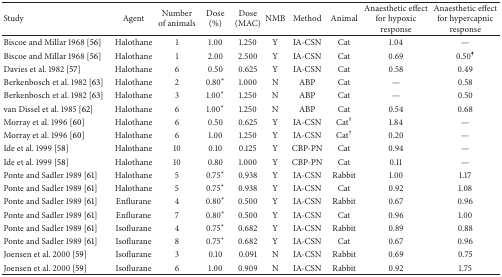
<table><thead><tr><td><b>Study</b></td><td><b>Agent</b></td><td><b>Number of animals</b></td><td><b>Dose (%)</b></td><td><b>Dose (MAC)</b></td><td><b>NMB</b></td><td><b>Method</b></td><td><b>Animal</b></td><td><b>Anaesthetic effect for hypoxic response</b></td><td><b>Anaesthetic effect for hypercapnic response</b></td></tr></thead><tbody><tr><td>Biscoe and Millar 1968 [56]</td><td>Halothane</td><td>1</td><td>1.00</td><td>1.250</td><td>Y</td><td>IA-CSN</td><td>Cat</td><td>1.04</td><td>—</td></tr><tr><td>Biscoe and Millar 1968 [56]</td><td>Halothane</td><td>1</td><td>2.00</td><td>2.500</td><td>Y</td><td>IA-CSN</td><td>Cat</td><td>0.69</td><td>0.50<sup>¶</sup></td></tr><tr><td>Davies et al. 1982 [57]</td><td>Halothane</td><td>6</td><td>0.50</td><td>0.625</td><td>Y</td><td>IA-CSN</td><td>Cat</td><td>0.58</td><td>0.49</td></tr><tr><td>Berkenbosch et al. 1982 [63]</td><td>Halothane</td><td>2</td><td>0.80*</td><td>1.000</td><td>N</td><td>ABP</td><td>Cat</td><td>—</td><td>0.58</td></tr><tr><td>Berkenbosch et al. 1982 [63]</td><td>Halothane</td><td>3</td><td>1.00*</td><td>1.250</td><td>N</td><td>ABP</td><td>Cat</td><td>—</td><td>0.50</td></tr><tr><td>van Dissel et al. 1985 [62]</td><td>Halothane</td><td>6</td><td>1.00*</td><td>1.250</td><td>N</td><td>ABP</td><td>Cat</td><td>0.54</td><td>0.68</td></tr><tr><td>Morray et al. 1996 [60]</td><td>Halothane</td><td>6</td><td>0.50</td><td>0.625</td><td>Y</td><td>IA-CSN</td><td>Cat<sup>†</sup></td><td>1.84</td><td>—</td></tr><tr><td>Morray et al. 1996 [60]</td><td>Halothane</td><td>6</td><td>1.00</td><td>1.250</td><td>Y</td><td>IA-CSN</td><td>Cat<sup>†</sup></td><td>0.20</td><td>—</td></tr><tr><td>Ide et al. 1999 [58]</td><td>Halothane</td><td>10</td><td>0.10</td><td>0.125</td><td>Y</td><td>CBP-PN</td><td>Cat</td><td>0.94</td><td>—</td></tr><tr><td>Ide et al. 1999 [58]</td><td>Halothane</td><td>10</td><td>0.80</td><td>1.000</td><td>Y</td><td>CBP-PN</td><td>Cat</td><td>0.11</td><td>—</td></tr><tr><td>Ponte and Sadler 1989 [61]</td><td>Halothane</td><td>5</td><td>0.75*</td><td>0.938</td><td>Y</td><td>IA-CSN</td><td>Rabbit</td><td>1.00</td><td>1.17</td></tr><tr><td>Ponte and Sadler 1989 [61]</td><td>Halothane</td><td>5</td><td>0.75*</td><td>0.938</td><td>Y</td><td>IA-CSN</td><td>Cat</td><td>0.92</td><td>1.08</td></tr><tr><td>Ponte and Sadler 1989 [61]</td><td>Enflurane</td><td>4</td><td>0.80*</td><td>0.500</td><td>Y</td><td>IA-CSN</td><td>Rabbit</td><td>0.67</td><td>0.96</td></tr><tr><td>Ponte and Sadler 1989 [61]</td><td>Enflurane</td><td>7</td><td>0.80*</td><td>0.500</td><td>Y</td><td>IA-CSN</td><td>Cat</td><td>0.96</td><td>1.00</td></tr><tr><td>Ponte and Sadler 1989 [61]</td><td>Isoflurane</td><td>4</td><td>0.75*</td><td>0.682</td><td>Y</td><td>IA-CSN</td><td>Rabbit</td><td>0.89</td><td>0.88</td></tr><tr><td>Ponte and Sadler 1989 [61]</td><td>Isoflurane</td><td>8</td><td>0.75*</td><td>0.682</td><td>Y</td><td>IA-CSN</td><td>Cat</td><td>0.67</td><td>0.96</td></tr><tr><td>Joensen et al. 2000 [59]</td><td>Isoflurane</td><td>3</td><td>0.10</td><td>0.091</td><td>N</td><td>IA-CSN</td><td>Rabbit</td><td>0.69</td><td>0.75</td></tr><tr><td>Joensen et al. 2000 [59]</td><td>Isoflurane</td><td>6</td><td>1.00</td><td>0.909</td><td>N</td><td>IA-CSN</td><td>Rabbit</td><td>0.92</td><td>1.75</td></tr></tbody></table>